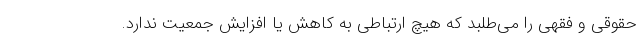
حقوقی و فقهی را می‌طلبد که هیچ ارتباطی به کاهش یا افزایش جمعیت ندارد.